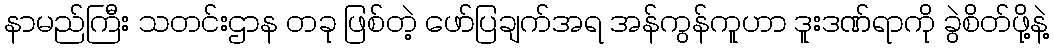
နာမည်ကြီး သတင်းဌာန တခု ဖြစ်တဲ့ ဖော်ပြချက်အရ အန်ကွန်ကူဟာ ဒူးဒဏ်ရာကို ခွဲစိတ်ဖို့နဲ့